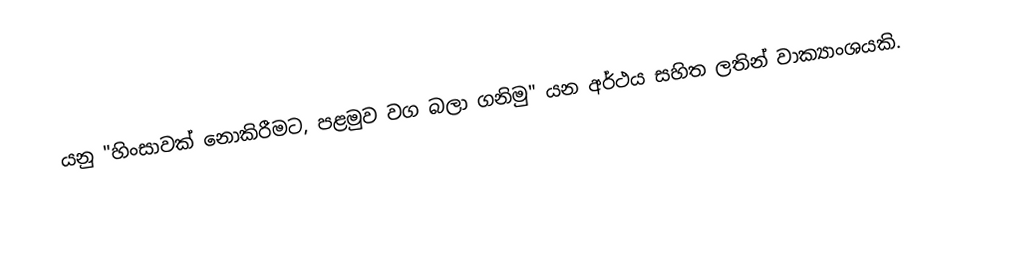
යනු "හිංසාවක් නොකිරීමට, පළමුව වග බලා ගනිමු" යන අර්ථය සහිත  ලතින් වාක්‍යාංශයකි.